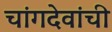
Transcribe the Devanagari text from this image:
चांगदेवांची